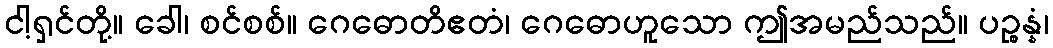
ငါ့ရှင်တို့။ ခေါ၊ စင်စစ်။ ဂေဓောတိဧတံ၊ ဂေဓောဟူသော ဤအမည်သည်။ ပဉ္စန္နံ၊